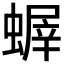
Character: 𧎨